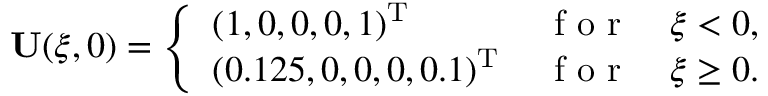
\mathbf { U } ( \xi , 0 ) = \left\{ \begin{array} { l l } { ( 1 , 0 , 0 , 0 , 1 ) ^ { \mathrm { T } } \, } & { \mathrm { ~ f ~ o ~ r ~ } \quad \xi < 0 , } \\ { ( 0 . 1 2 5 , 0 , 0 , 0 , 0 . 1 ) ^ { \mathrm { T } } \, } & { \mathrm { ~ f ~ o ~ r ~ } \quad \xi \ge 0 . } \end{array} \right.